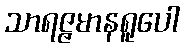
သာရဇ္ဇမာနရူပေါ